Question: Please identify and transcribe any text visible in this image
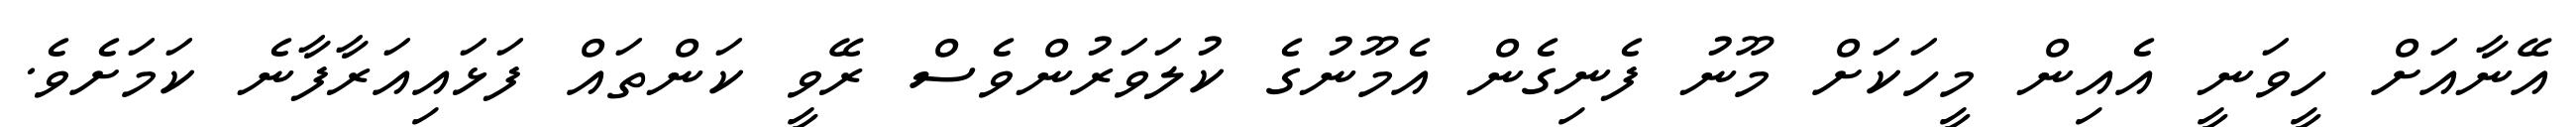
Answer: އޭނާއަށް ހީވަނީ އެއިން މީހަކަށް މޫނު ފެނިގެން އެމޫނުގެ ކުލަވަރުންވެސް ރޭވީ ކަންތައް ފަޅައިއަރާފާނެ ކަމަށެވެ.